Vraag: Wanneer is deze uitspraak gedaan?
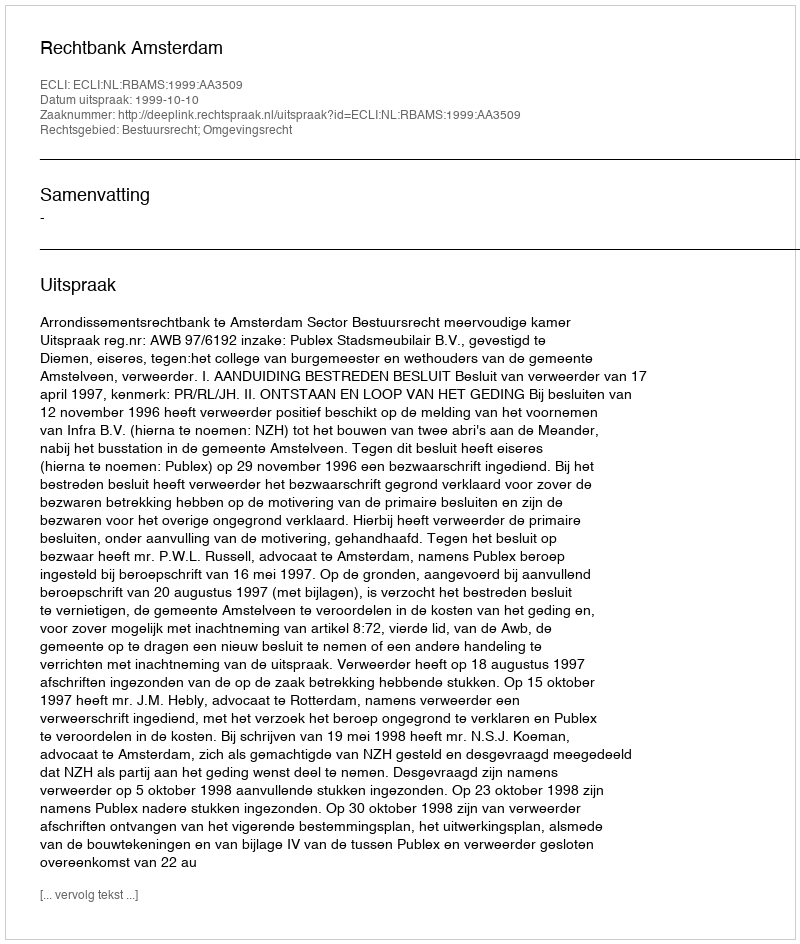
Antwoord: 1999-10-10